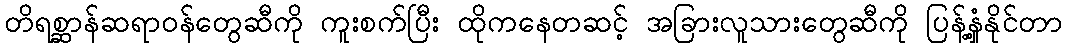
တိရစ္ဆာန်ဆရာဝန်တွေဆီကို ကူးစက်ပြီး ထိုကနေတဆင့် အခြားလူသားတွေဆီကို ပြန့်နှံ့နိုင်တာ